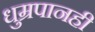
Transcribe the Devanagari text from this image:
धुम्रपानही